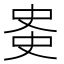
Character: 𫪊